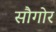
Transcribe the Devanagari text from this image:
सौगोर